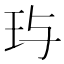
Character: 玙